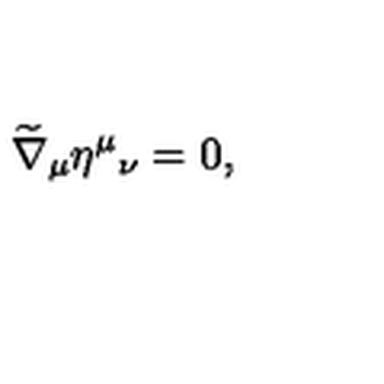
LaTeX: \widetilde { \nabla } _ { \mu } \eta ^ { \mu } { _ { \nu } } = 0 ,